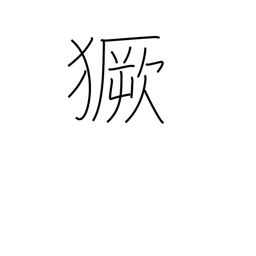
Meaning: storm around